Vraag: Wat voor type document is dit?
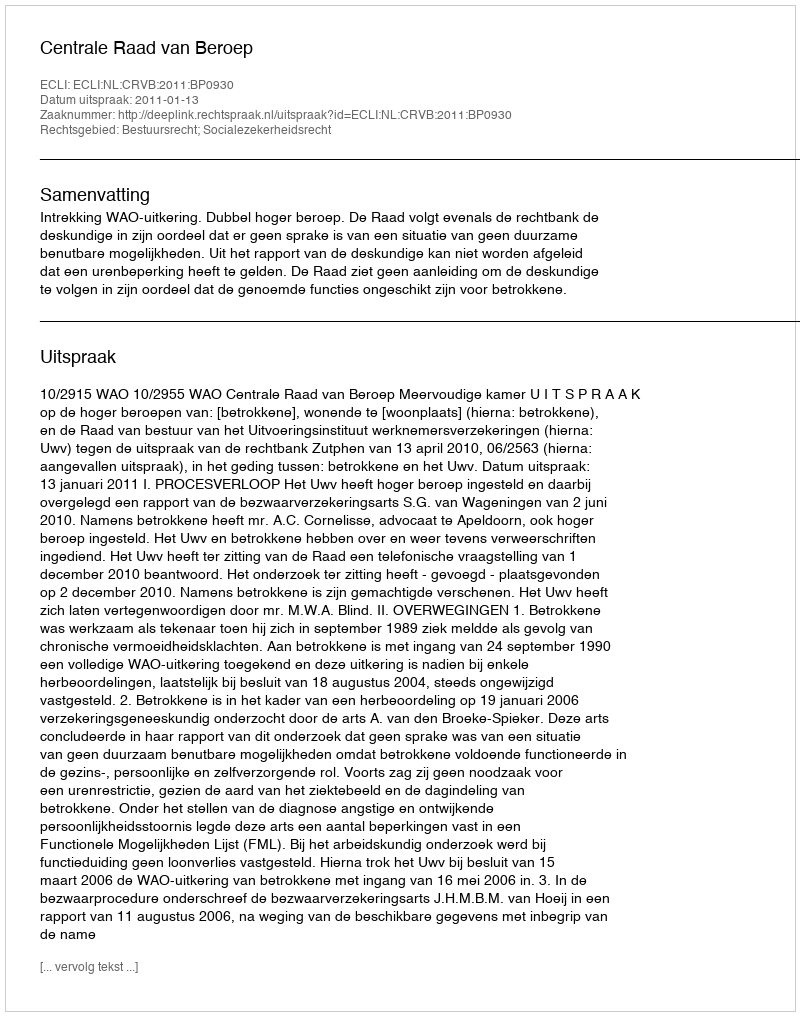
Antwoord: Uitspraak